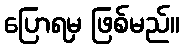
ပြောရမှ ဖြစ်မည်။